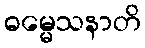
ဓမ္မေသနာတိ